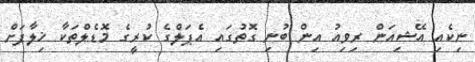
ނިކެއި އޭޝިއަން ރިވިއު އިން ބުނި ގޮތުގައި އެޕަލްގެ ކުރީގެ މޮޑެލްތަކާ ޚިލާފަށް